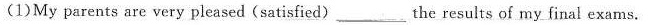
(1)My parents are very pleased (satisfied)___the results of my final exams.